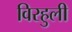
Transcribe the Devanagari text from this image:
विरहुली